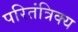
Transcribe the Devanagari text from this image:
परितंत्रिक्य